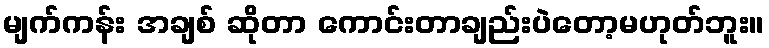
မျက်ကန်း အချစ် ဆိုတာ ကောင်းတာချည်းပဲတော့မဟုတ်ဘူး။